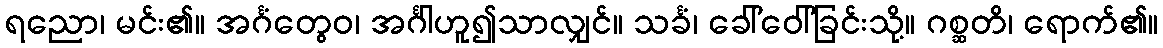
ရညော၊ မင်း၏။ အင်္ဂံတွေဝ၊ အင်္ဂါဟူ၍သာလျှင်။ သင်္ခံ၊ ခေါ်ဝေါ်ခြင်းသို့။ ဂစ္ဆတိ၊ ရောက်၏။